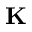
\mathbf { K }